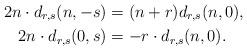
LaTeX: \begin{align*}2n\cdot d_{r,s}(n,-s)&=(n+r)d_{r,s}(n,0),\\2n\cdot d_{r,s}(0,s)&=-r\cdot d_{r,s}(n,0).\end{align*}